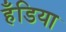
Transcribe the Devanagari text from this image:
हँडिया